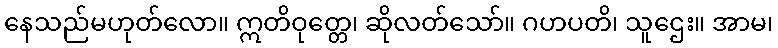
နေသည်မဟုတ်လော။ ဣတိဝုတ္တေ၊ ဆိုလတ်သော်။ ဂဟပတိ၊ သူဌေး။ အာမ၊